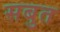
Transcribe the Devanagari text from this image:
सबुत